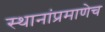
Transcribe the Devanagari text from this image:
स्थानांप्रमाणेच